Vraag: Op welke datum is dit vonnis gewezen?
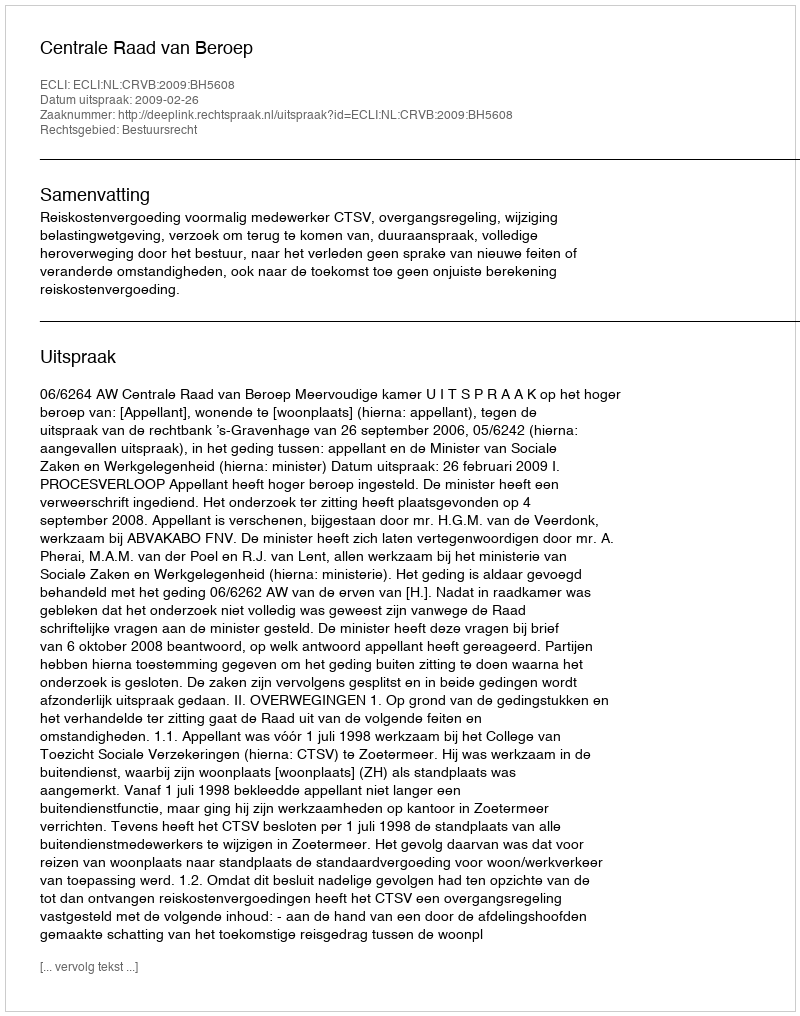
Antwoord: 2009-02-26